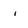
Character: i